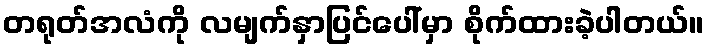
တရုတ်အလံကို လမျက်နှာပြင်ပေါ်မှာ စိုက်ထားခဲ့ပါတယ်။